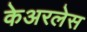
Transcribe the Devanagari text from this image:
केअरलेस